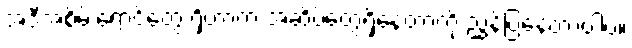
အဲဒီအစိမ်းရောင်တွေ ရှိတာက အဆိပ်တွေရှိနေတာကို ညွှန်ပြနေတာပါပဲ။